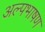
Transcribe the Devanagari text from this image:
अल्पभाषण